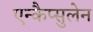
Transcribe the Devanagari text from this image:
एन्कैप्सुलेन